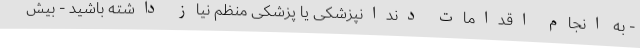
- به انجام اقدامات دندانپزشکی یا پزشکی منظم نیاز داشته باشید - بیش